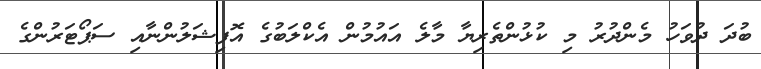
ބުދަ ދުވަހު މެންދުރު މި ކުޅުންތެރިޔާ މާލެ އައުމުން އެކްލަބުގެ އޮފިޝަލުންނާއި ސަޕޯޓަރުންގެ